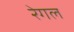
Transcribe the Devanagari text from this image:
रेगल